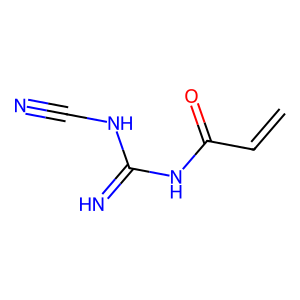
SMILES: C=CC(=O)NC(=N)NC#N
Inhibits HIV replication: No